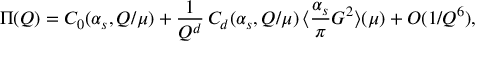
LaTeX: \Pi ( Q ) = C _ { 0 } ( \alpha _ { s } , Q / \mu ) + \frac { 1 } { Q ^ { d } } \, C _ { d } ( \alpha _ { s } , Q / \mu ) \, \langle \frac { \alpha _ { s } } { \pi } G ^ { 2 } \rangle ( \mu ) + O ( 1 / Q ^ { 6 } ) ,